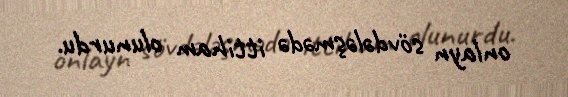
onlayn sövdələşmədə ittiham olunurdu.